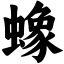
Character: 蟓